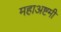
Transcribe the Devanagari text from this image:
महाअष्टमी